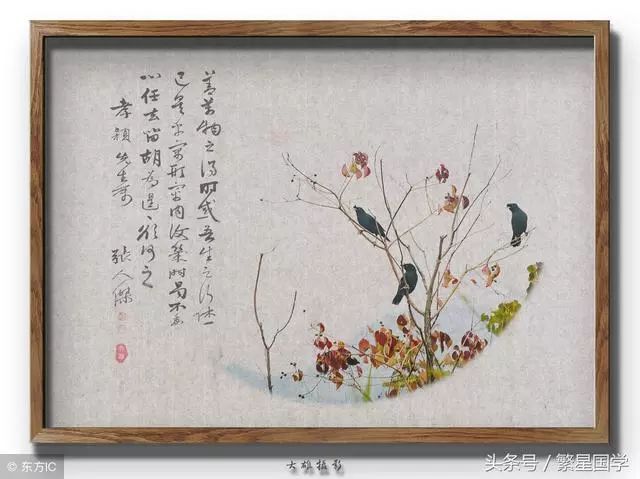
牛困人饥日已高，市南门外泥中歇。